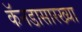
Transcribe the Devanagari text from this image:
कॅनडासारख्या